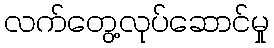
လက်တွေ့လုပ်ဆောင်မှု